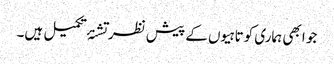
جو ابھی ہماری کوتاہیوں کے پیش نظر تشنۂ تکمیل ہیں۔